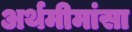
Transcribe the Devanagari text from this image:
अर्थमीमांसा